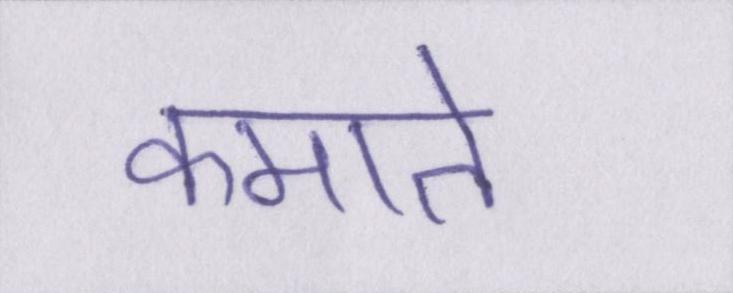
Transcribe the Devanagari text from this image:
कमाते